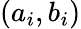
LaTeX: (a_{i},b_{i})